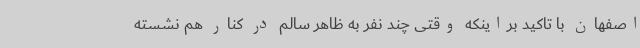
اصفهان با تاکید براینکه وقتی چند نفر به ظاهر سالم در کنار هم نشسته